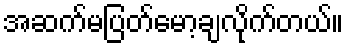
အဆက်မပြတ်မော့ချလိုက်တယ်။